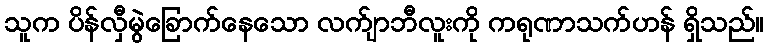
သူက ပိန်လှီမွဲခြောက်နေသော လက်ျာဘီလူးကို ကရုဏာသက်ဟန် ရှိသည်။